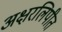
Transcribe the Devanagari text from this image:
अक्षरलिपीत